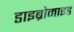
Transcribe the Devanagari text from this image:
डाइब्रोमाइड